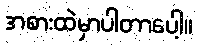
အစားထဲမှာပါတာပေါ့။